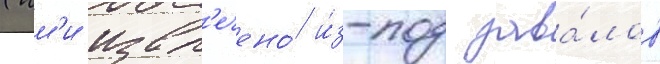
(им'и извл'ечено́ и́з-под зава́лов